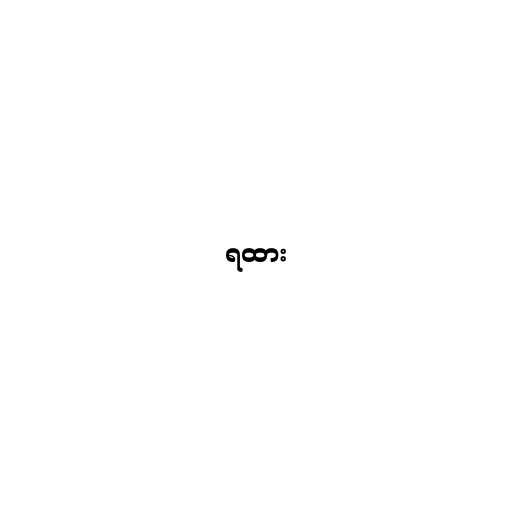
ရထား